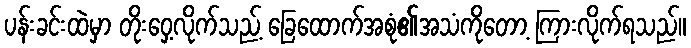
ပန်းခင်းထဲမှာ တိုးဝှေ့လိုက်သည့် ခြေထောက်အစုံ၏အသံကိုတော့ ကြားလိုက်ရသည်။